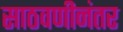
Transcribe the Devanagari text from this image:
साठवणीनंतर